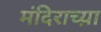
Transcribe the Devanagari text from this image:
मंदिराच्य़ा